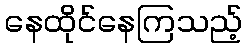
နေထိုင်နေကြသည့်